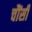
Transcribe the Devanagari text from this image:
चौंसी